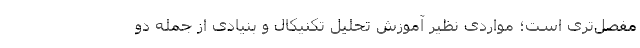
مفصل‌تری است؛ مواردی نظیر آموزش تحلیل تکنیکال و بنیادی از جمله دو